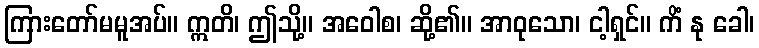
ကြားတော်မမူအပ်။ ဣတိ၊ ဤသို့။ အဝေါစ၊ ဆို့၏။ အာဝုသော၊ ငါ့ရှင်။ ကိံ နု ခေါ၊